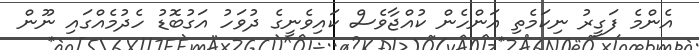
އެންމެ ފަގީރު ނިކަމެތި އަންހެން ކުއްޖާވެސް ކައިވެނީގެ ދުވަހު އަގުބޮޑު ހެދުމެއްގައި ނޫން